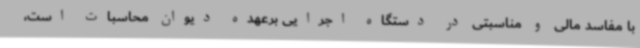
با مفاسد مالی و مناسبتی در دستگاه اجرایی برعهده دیوان محاسبات است،